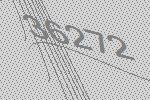
36272